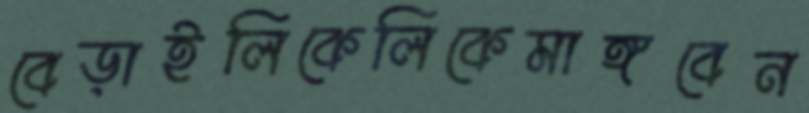
বেড়াইলিকেলিকেমাঙ্গবেন